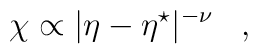
\chi\propto|\eta-\eta^\star|^{-\nu}\,\,\,\,\,,\,\,\,\,\,